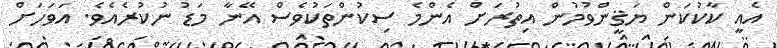
އެއީ ކާކުކަން ޔަޤީންވުމުން އިތުރަށް އެންމެ ސިކުންތަކުވެސް އޭނާ މަޑު ނުކުރެއެވެ. އަވަހަށް